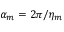
\alpha _ { m } = 2 \pi / \eta _ { m }